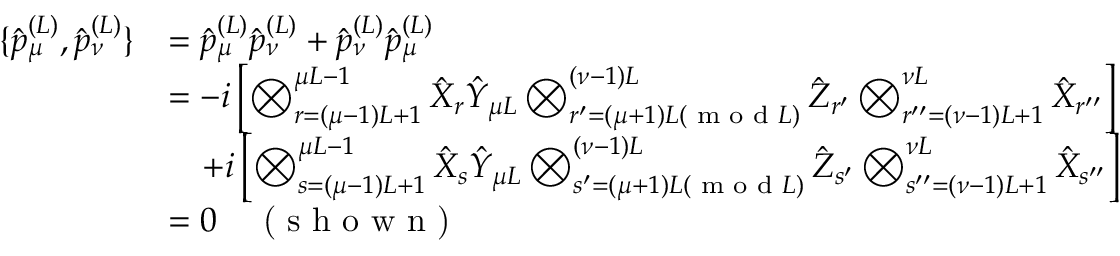
\begin{array} { r l } { \{ \hat { p } _ { \mu } ^ { ( L ) } , \hat { p } _ { \nu } ^ { ( L ) } \} } & { = \hat { p } _ { \mu } ^ { ( L ) } \hat { p } _ { \nu } ^ { ( L ) } + \hat { p } _ { \nu } ^ { ( L ) } \hat { p } _ { \mu } ^ { ( L ) } } \\ & { = - i \left[ \bigotimes _ { r = ( \mu - 1 ) L + 1 } ^ { \mu L - 1 } \hat { X } _ { r } \hat { Y } _ { \mu L } \bigotimes _ { r ^ { \prime } = ( \mu + 1 ) L ( \textrm { m o d } L ) } ^ { ( \nu - 1 ) L } \hat { Z } _ { r ^ { \prime } } \bigotimes _ { r ^ { \prime \prime } = ( \nu - 1 ) L + 1 } ^ { \nu L } \hat { X } _ { r ^ { \prime \prime } } \right] } \\ & { \quad + i \left[ \bigotimes _ { s = ( \mu - 1 ) L + 1 } ^ { \mu L - 1 } \hat { X } _ { s } \hat { Y } _ { \mu L } \bigotimes _ { s ^ { \prime } = ( \mu + 1 ) L ( \textrm { m o d } L ) } ^ { ( \nu - 1 ) L } \hat { Z } _ { s ^ { \prime } } \bigotimes _ { s ^ { \prime \prime } = ( \nu - 1 ) L + 1 } ^ { \nu L } \hat { X } _ { s ^ { \prime \prime } } \right] } \\ & { = 0 \quad \textrm { ( s h o w n ) } } \end{array}